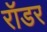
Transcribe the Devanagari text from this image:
रॉडर